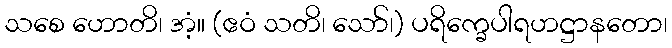
သစေ ဟောတိ၊ အံ့။ (ဧဝံ သတိ၊ သော်၊) ပရိက္ခေပါရဟဋ္ဌာနတော၊